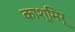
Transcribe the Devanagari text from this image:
काश्मिर्